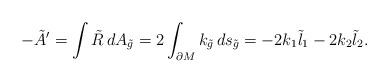
LaTeX: \begin{align*}-\tilde{A}'=\int \tilde{R}\,d A_{\tilde{g}}=2\int_{\partial M}k_{\tilde{g}}\,d s_{\tilde{g}}=-2k_1\tilde{l}_1-2k_2\tilde{l}_2.\end{align*}